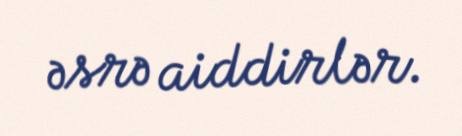
əsrə aiddirlər.